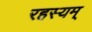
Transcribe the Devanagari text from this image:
रहस्यम्